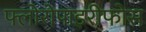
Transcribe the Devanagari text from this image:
फ्लोरोपाइरीफोस